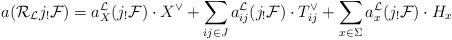
LaTeX: \begin{align*}a({\cal R}_{\cal L}j_!{\cal F})=a_X^{\cal L}(j_!{\cal F})\cdot X^\vee+\sum_{ij\in J}a_{ij}^{\cal L}(j_!{\cal F})\cdot T_{ij}^\vee+\sum_{x\in \Sigma}a_x^{\cal L}(j_!{\cal F})\cdot H_x\end{align*}